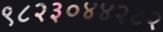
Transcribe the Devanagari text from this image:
९८२३०४४२८२